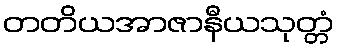
တတိယအာဇာနီယသုတ္တံ